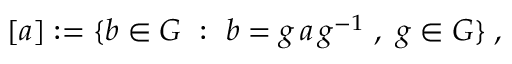
[ a ] : = \{ b \in G ~ : ~ b = g \, a \, g ^ { - 1 } \; , ~ g \in G \} \; ,